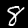
Label: 8